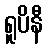
ရူပိနီ